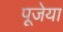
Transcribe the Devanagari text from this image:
पूजेया